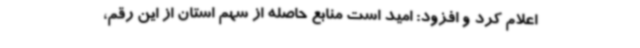
اعلام کرد و افزود: امید است منابع حاصله از سهم استان از این رقم،